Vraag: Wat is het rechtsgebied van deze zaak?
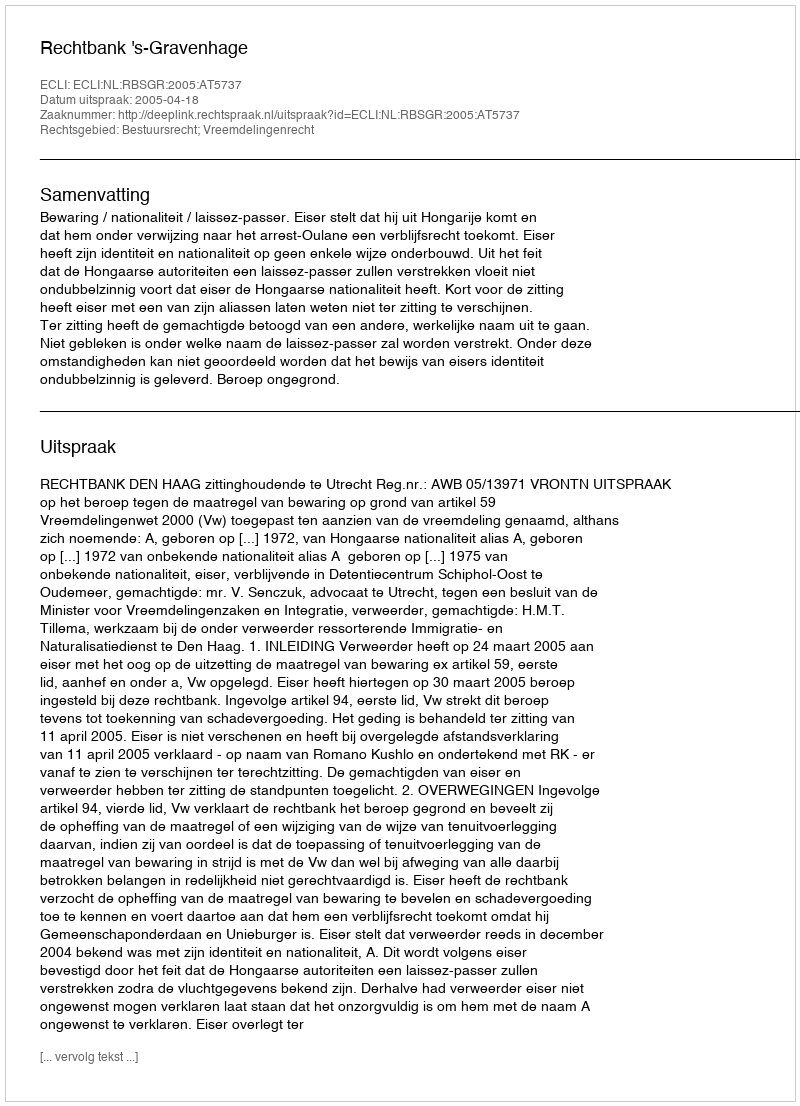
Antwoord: Bestuursrecht; Vreemdelingenrecht